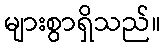
များစွာရှိသည်။